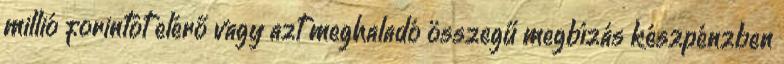
millió forintot elérő vagy azt meghaladó összegű megbízás készpénzben